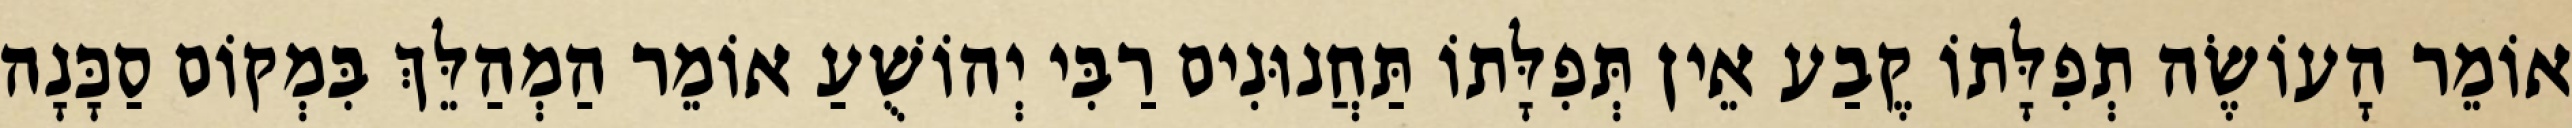
אוֹמֵר הָעוֹשֶׂה תְפִלָּתוֹ קֶבַע אֵין תְּפִלָּתוֹ תַּחֲנוּנִים רַבִּי יְהוֹשֻׁעַ אוֹמֵר הַמְהַלֵּךְ בִּמְקוֹם סַכָּנָה